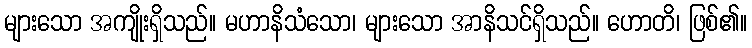
များသော အကျိုးရှိသည်။ မဟာနိသံသော၊ များသော အာနိသင်ရှိသည်။ ဟောတိ၊ ဖြစ်၏။